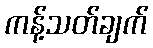
ကန့်သတ်ချက်